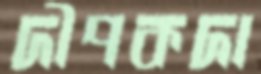
দীপকদা